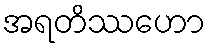
အရတိဿဟော